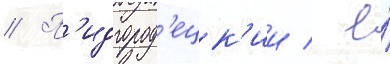
// П'идгород'ецк'ии / е́